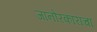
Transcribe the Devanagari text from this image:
जानोरकारांचा